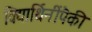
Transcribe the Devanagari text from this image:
विद्यार्थिनींपैकी